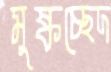
মুষ্কচ্ছেদ